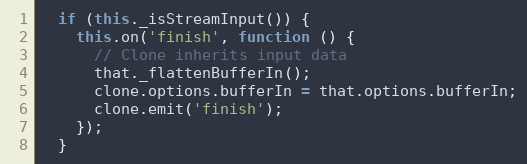
Language: JavaScript
  if (this._isStreamInput()) {
    this.on('finish', function () {
      // Clone inherits input data
      that._flattenBufferIn();
      clone.options.bufferIn = that.options.bufferIn;
      clone.emit('finish');
    });
  }